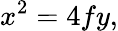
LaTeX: x^{2}=4fy,